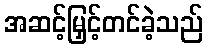
အဆင့်မြှင့်တင်ခဲ့သည်